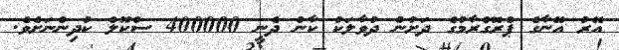
އޭރު އޭނާގެ ޕްރޮގްރާމުގެ ދަށުން ދުވާލަކު ކާން ދެނީ 400000 ސްކޫލް ކުދިންނަށެވެ.